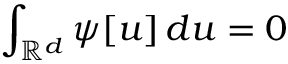
\int _ { { \mathbb R } ^ { d } } \psi [ u ] \, d u = 0